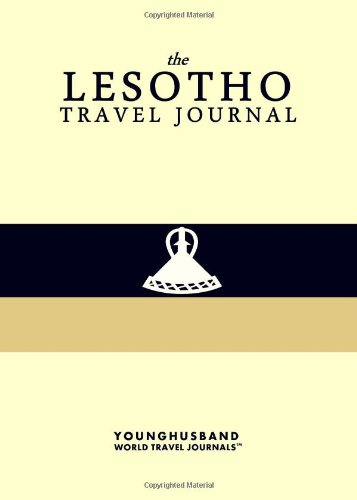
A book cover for The Lesotho Travel Journal; Younghusband World Travel Journals; Travel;